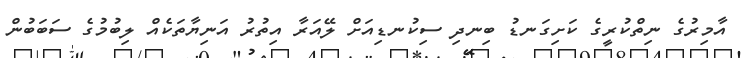
އާމިރުގެ ނިތްކުރީގެ ކަށިގަނޑު ބިނދި ސިކުނޑިއަށް ލޭއަރާ އިތުރު އަނިޔާތަކެއް ލިބުމުގެ ސަބަބުން